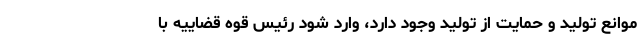
موانع تولید و حمایت از تولید وجود دارد، وارد شود رئیس قوه قضاییه با